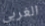
الغربي